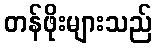
တန်ဖိုးများသည်